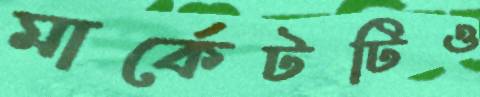
মার্কেটটিও